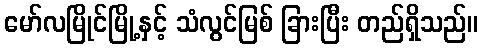
မော်လမြိုင်မြို့နှင့် သံလွင်မြစ် ခြားပြီး တည်ရှိသည်။